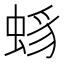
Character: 𧋈